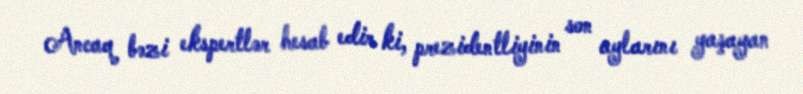
Ancaq bəzi ekspertlər hesab edir ki, prezidentliyinin son aylarını yaşayan